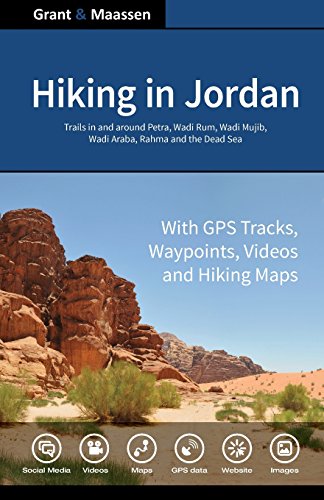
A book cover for Hiking in Jordan: Trails in and Around Petra, Wadi Rum and the Dead Sea Area - With GPS E-trails, Tracks and Waypoints, Videos, Planning Tools and Hiking Maps; Dr. Gregory F. Maassen; Travel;